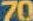
70